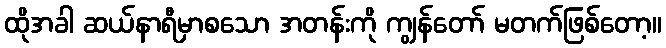
ထိုအခါ ဆယ်နာရီမှာစသော အတန်းကို ကျွန်တော် မတက်ဖြစ်တော့။